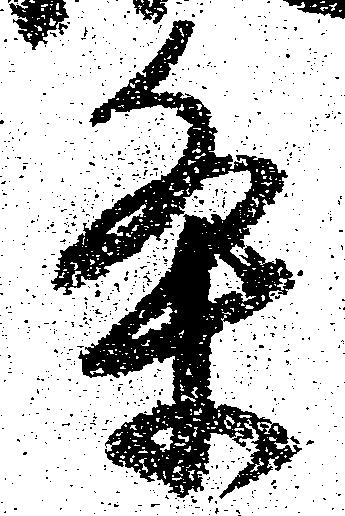
条